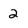
Character: 2